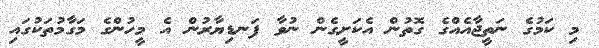
މި ކަމުގެ ނަތީޖާއެއްގެ ގޮތުން އެކަށީގެން ނުވާ ފަނޑިޔާރުން އެ މީހުންގެ މަގާމުތަކުގައި